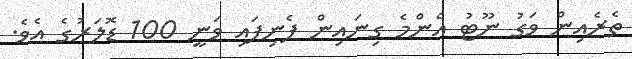
ތެރެއިން ވަގު ނޫޓު އެންމެ ގިނައިން ފެނިފައި ވަނީ 100 ޑޮލަރުގެ އެވެ.